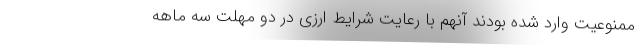
ممنوعیت وارد شده بودند آنهم با رعایت شرایط ارزی در دو مهلت سه ماهه